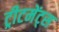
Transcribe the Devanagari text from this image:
ट्रीटमेंट्स